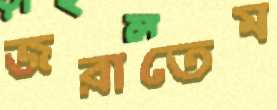
জরাতেম